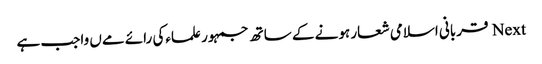
Next قربانی اسلامی شعار ہونے کے ساتھ جمہور علماءکی رائے مےں واجب ہے